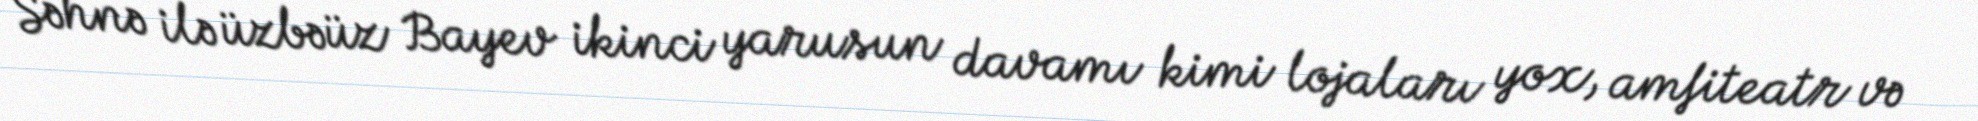
Səhnə ilə üzbəüz Bayev ikinci yarusun davamı kimi lojaları yox, amfiteatr və